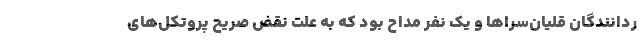
ردانندگان قلیان‌سراها و یک نفر مداح بود که به علت نقض صریح پروتکل‌های